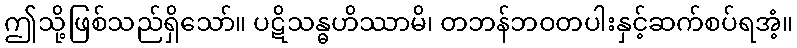
ဤသို့ဖြစ်သည်ရှိသော်။ ပဋိသန္ဓဟိဿာမိ၊ တဘန်ဘဝတပါးနှင့်ဆက်စပ်ရအံ့။